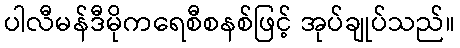
ပါလီမန်ဒီမိုကရေစီစနစ်ဖြင့် အုပ်ချုပ်သည်။